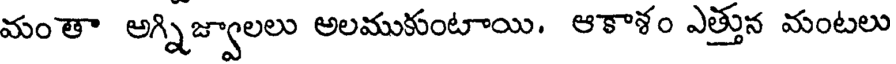
మంతా అగ్నిజ్వాలలు అలముకుంటాయి. ఆకాశం ఎత్తున మంటలు